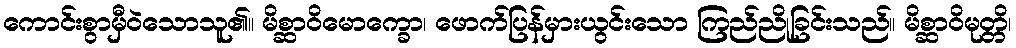
ကောင်းစွာမှီဝဲသောသူ၏။ မိစ္ဆာဝိမောက္ခော၊ ဖောက်ပြန်မှားယွင်းသော ကြည်ညိုခြင်းသည်။ မိစ္ဆာဝိမုတ္တိ၊